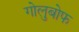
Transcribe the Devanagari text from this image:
गोलुबोफ